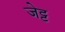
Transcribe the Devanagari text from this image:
जेट्ट